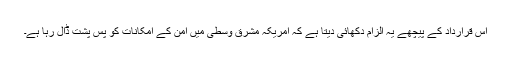
اس قرارداد کے پیچھے یہ الزام دکھائی دیتا ہے کہ امریکہ مشرق وسطیٰ میں امن کے امکانات کو پس پشت ڈال رہا ہے۔